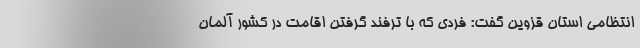
انتظامی استان قزوین گفت: فردی که با ترفند گرفتن اقامت در کشور آلمان